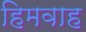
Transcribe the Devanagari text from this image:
हिमवाह